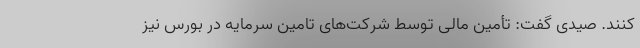
کنند. صیدی گفت: تأمین مالی توسط شرکت‌های تامین سرمایه در بورس نیز